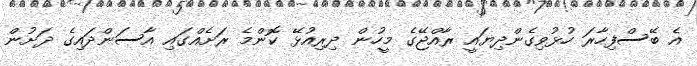
އެ ބޭސްފިހާރަ ހުޅުވިގެންދިޔައީ ރާއްޖޭގެ މީހުން ދިރިއުޅޭ ކޮންމެ ރަށެއްގައި އާސަންދައިގެ ދަށުން